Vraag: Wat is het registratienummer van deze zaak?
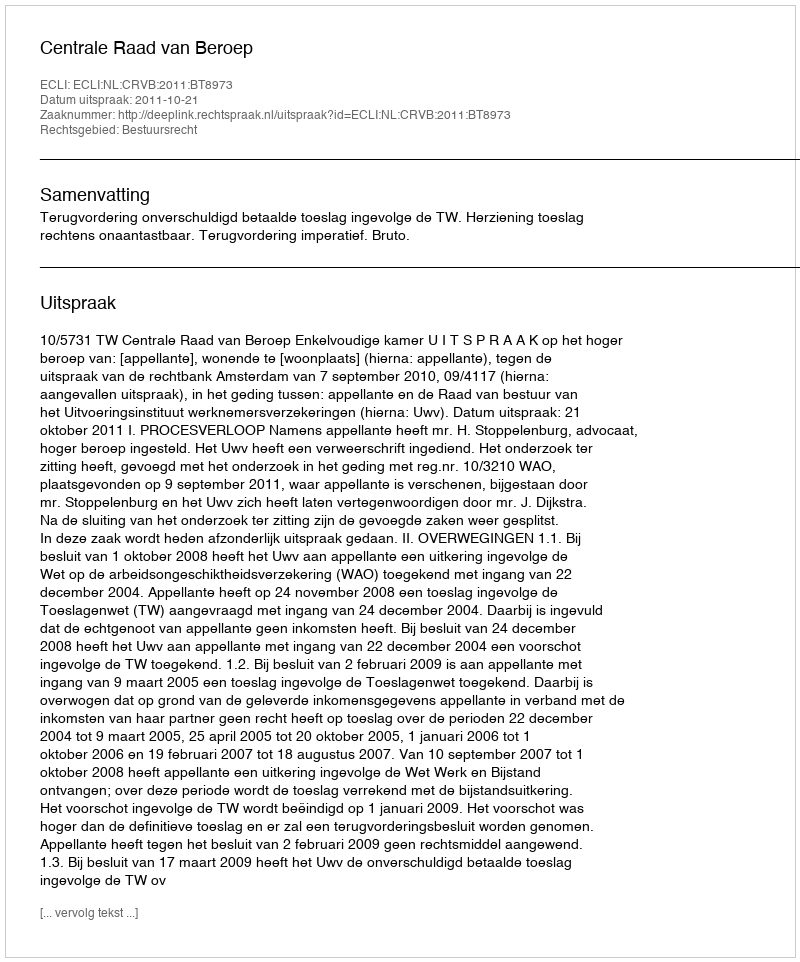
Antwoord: http://deeplink.rechtspraak.nl/uitspraak?id=ECLI:NL:CRVB:2011:BT8973